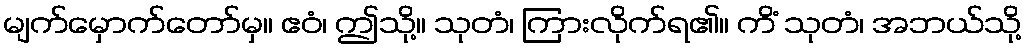
မျက်မှောက်တော်မှ။ ဧဝံ၊ ဤသို့။ သုတံ၊ ကြားလိုက်ရ၏။ ကိံ သုတံ၊ အဘယ်သို့